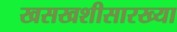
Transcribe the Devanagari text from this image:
खसखशीसारख्या